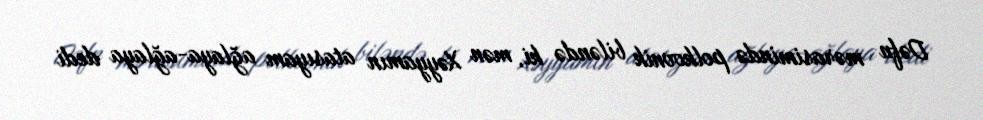
Dəfn mərasimində polkovnik biləndə ki, mən Xəyyamın atasıyam ağlaya-ağlaya dedi